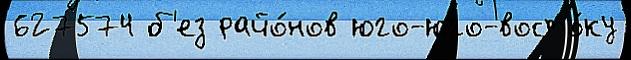
627574 б'ез райо́нов юго-юго-восто́ку